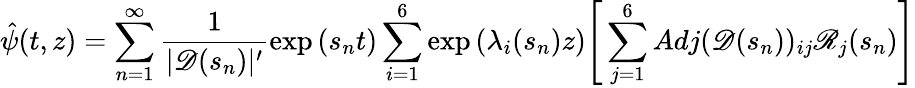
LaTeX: \hat{\psi}(t,z)=\sum_{n=1}^{\infty}\frac{1}{|\mathscr{D}(s_{n})|^{\prime}}\exp{(s_{n}t)}\sum_{i=1}^{6}\exp{(\lambda_{i}(s_{n})z)}\Bigg[\sum_{j=1}^{6}Adj(\mathscr{D}(s_{n}))_{ij}\mathscr{R}_{j}(s_{n})\Bigg]